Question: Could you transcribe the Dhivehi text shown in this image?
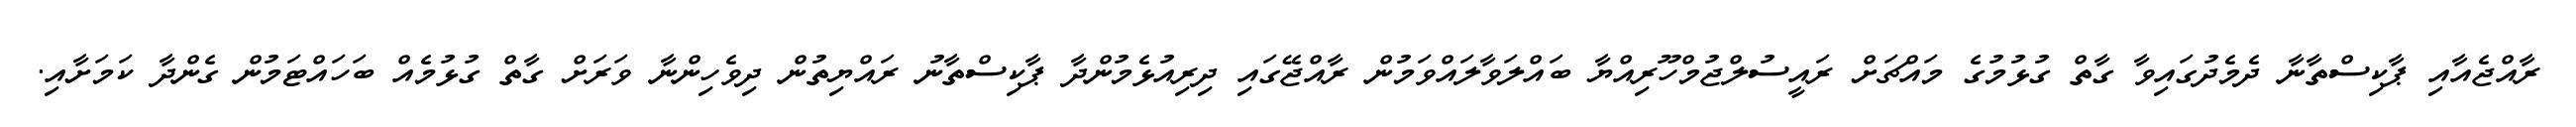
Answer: ރާއްޖެއާއި ޕާކިސްތާނާ ދެމެދުގައިވާ ގާތް ގުޅުމުގެ މައްޗަށް ރައީސުލްޖުމްހޫރިއްޔާ ބައްލަވާލައްވަމުން ރާއްޖޭގައި ދިރިއުޅެމުންދާ ޕާކިސްތާނު ރައްޔިތުން ދިވެހިންނާ ވަރަށް ގާތް ގުޅުމެއް ބަހައްޓަމުން ގެންދާ ކަމަށާއި.